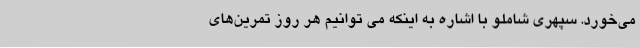
می‌خورد. سپهری شاملو با اشاره به اینکه می توانیم هر روز تمرین‌های